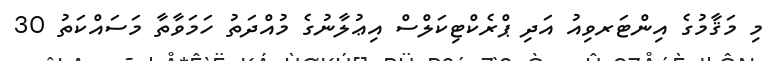
މި މަޤާމުގެ އިންޓަރވިއު އަދި ޕްރެކްޓިކަލްސް އިޢުލާނުގެ މުއްދަތު ހަމަވާތާ މަސައްކަތު 30